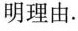
明理由。